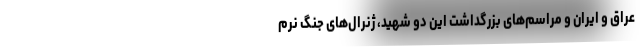
عراق و ایران و مراسم‌های بزرگداشت این دو شهید، ژنرال‌های جنگ نرم